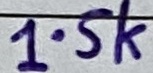
Text: 1.5k